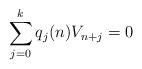
LaTeX: \begin{align*}\sum_{j=0}^k q_{j}(n) V_{n+j}=0\end{align*}